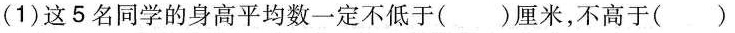
3(1)这5名同学的身高平均数一定不低于( )厘米，不高于( )